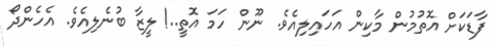
ފާޑަކަށް އޮތުމުން މާކިން އަހައިލިއެވެ. ނޫން ހަމަ އޮތީ..! ލީޒާ ބުނެލިއެވެ. އެހެންދޯ